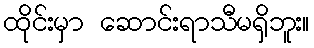
ထိုင်းမှာ ဆောင်းရာသီမရှိဘူး။